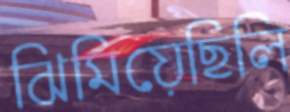
ঝিমিয়েছিলি